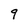
Character: 9